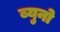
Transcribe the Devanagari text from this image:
ब्युनो